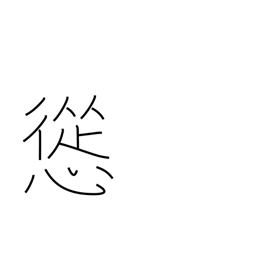
Meaning: persuade